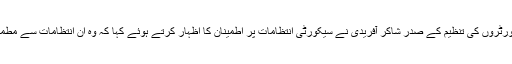
ٹرانسپورٹروں کی تنظیم کے صدر شاکر آفریدی نے سیکورٹی انتظامات پر اطمینان کا اظہار کرتے ہوئے کہا کہ وہ ان انتظامات سے مطمئن ہیں۔